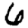
Digit: 6